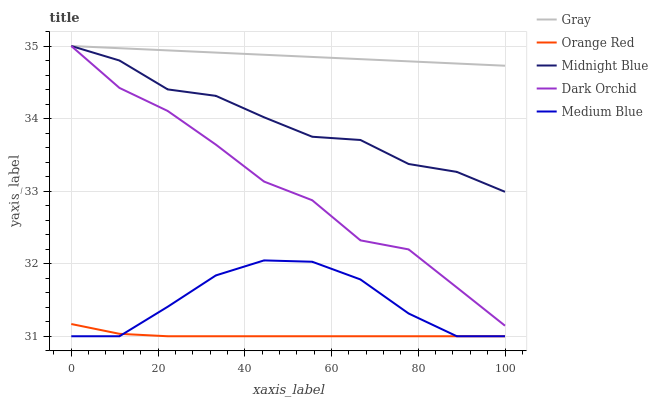
| xaxis_label | Gray | Orange Red | Midnight Blue | Dark Orchid | Medium Blue |
 | --- | --- | --- | --- | --- | --- |
 | 0 | 35 | 31.2 | 35 | 35 | 31 |
 | 11.1 | 35 | 31 | 34.8 | 34.4 | 31 |
 | 22.2 | 34.9 | 31 | 34.4 | 34.1 | 31.4 |
 | 33.3 | 34.9 | 31 | 34.3 | 33.6 | 31.8 |
 | 44.4 | 34.9 | 31 | 34 | 33.1 | 32 |
 | 55.6 | 34.8 | 31 | 33.7 | 32.9 | 32 |
 | 66.7 | 34.8 | 31 | 33.7 | 32.3 | 31.8 |
 | 77.8 | 34.8 | 31 | 33.4 | 32.2 | 31.3 |
 | 88.9 | 34.8 | 31 | 33.3 | 31.7 | 31 |
 | 100 | 34.7 | 31 | 33 | 31.1 | 31 |